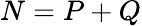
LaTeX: N=P+Q